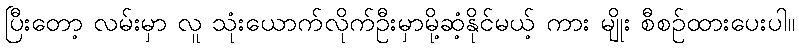
ပြီးတော့ လမ်းမှာ လူ သုံးယောက်လိုက်ဦးမှာမို့ဆံ့နိုင်မယ့် ကား မျိုး စီစဉ်ထားပေးပါ။